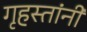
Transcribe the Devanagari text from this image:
गृहस्तांनी